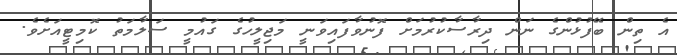
އެ ތިން ބޭފުޅުންގެ ނަން ދިރާސާކުރުމަށް ފޮނުވާފައިވަނީ މަޖިލީހުގެ ގައުމީ ސަލާމަތު ކޮމިޓީއަށެވެ.